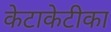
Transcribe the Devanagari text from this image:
केटाकेटीका